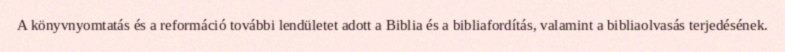
A könyvnyomtatás és a reformáció további lendületet adott a Biblia és a bibliafordítás, valamint a bibliaolvasás terjedésének.